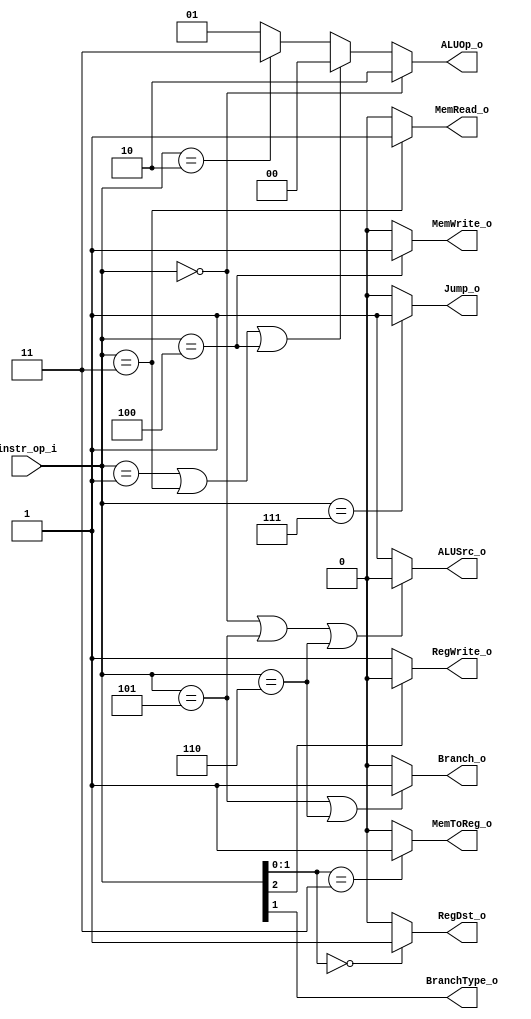
module Decoder( instr_op_i, RegWrite_o,	ALUOp_o, ALUSrc_o, RegDst_o, Branch_o, BranchType_o, MemToReg_o, MemRead_o, MemWrite_o, Jump_o );
     
//I/O ports
input	[3-1:0] instr_op_i;

output			RegWrite_o;
output	[2-1:0] ALUOp_o;
output			ALUSrc_o;
output	        RegDst_o;
output			Branch_o;
output			BranchType_o;
output			MemToReg_o;
output			MemRead_o;
output			MemWrite_o; 
output			Jump_o;

//Internal Signals
wire			RegWrite_o;
wire	[2-1:0] ALUOp_o;
wire			ALUSrc_o;
wire	        RegDst_o;
wire			Branch_o;
wire			BranchType_o;
wire			MemToReg_o;
wire			MemRead_o;
wire			MemWrite_o; 
wire			Jump_o;

//Main function
assign RegWrite_o = (instr_op_i[2] == 1'b1) ? 0 : 1;  // one 2-to-1 MUX
assign ALUOp_o = (instr_op_i == 3'b000) ? 2'b10 :  // two 8-to-1 MUXs
        (instr_op_i == 3'b001 || instr_op_i == 3'b011 || instr_op_i == 3'b100) ? 2'b00 :
        (instr_op_i == 3'b010) ? 2'b11 : 2'b01;
assign ALUSrc_o = (instr_op_i == 3'b000 || instr_op_i == 3'b101 || instr_op_i == 3'b110)
        ? 0 : 1;  // one 8-to-1 MUX
assign RegDst_o = (instr_op_i[1:0] == 2'b00) ? 1 : 0;  // one 4-to-1 MUX
assign Branch_o = (instr_op_i == 3'b101 || instr_op_i == 3'b110) ? 1 : 0;  // one 8-to-1 MUX
assign BranchType_o = instr_op_i[1];
assign MemToReg_o = (instr_op_i[1:0] == 2'b11) ? 1 : 0; // one 4-to-1 MUX
assign MemRead_o = (instr_op_i == 3'b011) ? 1 : 0; // one 8-to-1 MUX
assign MemWrite_o = (instr_op_i == 3'b100) ? 1 : 0; // one 8-to-1 MUX
assign Jump_o = (instr_op_i == 3'b111) ? 1 : 0; // one 8-to-1 MUX
endmodule